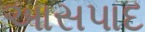
આસપાદ